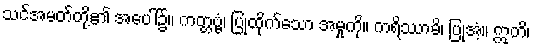
သင်အမတ်တို့၏ အပေါ်၌။ ကတ္တဗ္ဗံ၊ ပြုထိုက်သော အမှုကို။ ကရိဿာမိ၊ ပြုအံ့။ ဣတိ၊